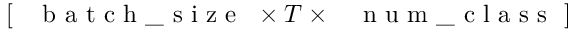
\left[ \mathrm { ~ \texttt ~ { ~ b ~ a ~ t ~ c ~ h ~ \_ ~ s ~ i ~ z ~ e ~ } ~ } \times T \times \mathrm { ~ \texttt ~ { ~ n ~ u ~ m ~ \_ ~ c ~ l ~ a ~ s ~ s ~ } ~ } \right]